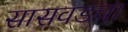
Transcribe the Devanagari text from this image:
सासवडचा